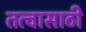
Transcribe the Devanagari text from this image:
तत्वासाठी